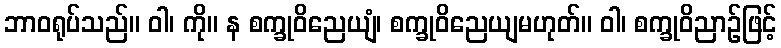
ဘာဝရုပ်သည်။ ဝါ၊ ကို။ န စက္ခုဝိညေယျံ၊ စက္ခုဝိညေယျမဟုတ်။ ဝါ၊ စက္ခုဝိညာဉ်ဖြင့်